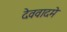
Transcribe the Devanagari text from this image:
देववादमे